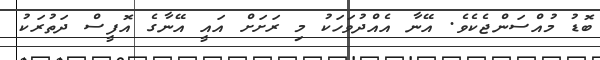
ބޮޑު މުއްސަންޖެކެވެ. އޭނާ އެއްދުވަހަކު މި ރަށަށް އައީ އޭނާގެ އޮފީސް ދަތުރަކު